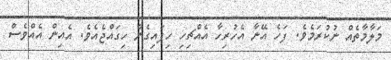
މަލާމާތެއް ނުކުރަމެވެ. ފަހެ އޭނާ އެހުރިހާ އެއްޗިހި ހިފައިގެން ހިގައްޖެއެވެ. އެއިން އެއްވެސް